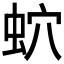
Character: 𧉢